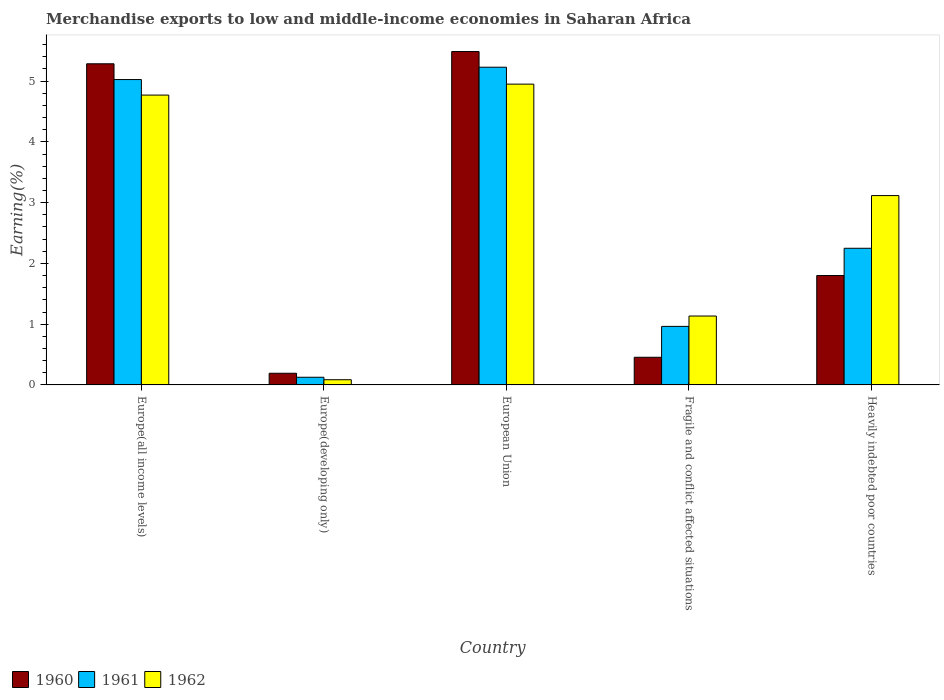
| Country | 1960 | 1961 | 1962 |
 | --- | --- | --- | --- |
 | Europe(all income levels) | 5.29 | 5.03 | 4.77 |
 | Europe(developing only) | 0.192 | 0.126 | 0.0854 |
 | European Union | 5.49 | 5.23 | 4.95 |
 | Fragile and conflict affected situations | 0.455 | 0.963 | 1.13 |
 | Heavily indebted poor countries | 1.8 | 2.25 | 3.12 |